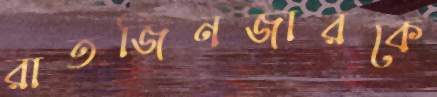
রাতজিনজারকে